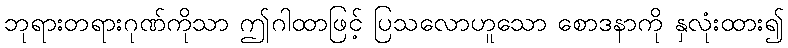
ဘုရားတရားဂုဏ်ကိုသာ ဤဂါထာဖြင့် ပြသလောဟူသော စောဒနာကို နှလုံးထား၍